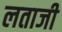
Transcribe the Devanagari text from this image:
लताजी